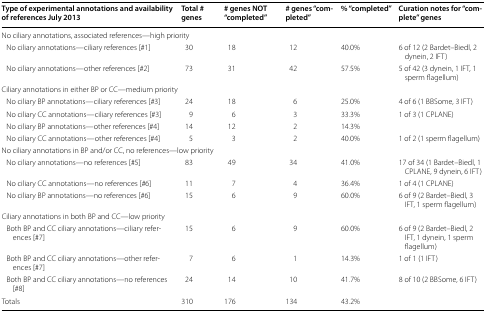
| Type of experimental annotations and availability of references July 2013 | Total # genes | # genes NOT “completed” | # genes “completed” | % “completed” | Curation notes for “complete” genes |
 | --- | --- | --- | --- | --- | --- |
 | <COLSPAN=6> No ciliary annotations, associated references—high priority |
 | No ciliary annotations—ciliary references [#1] | 30 | 18 | 12 | 40.0% | 6 of 12 (2 Bardet–Biedl, 2 dynein, 2 IFT) |
 | No ciliary annotations—other references [#2] | 73 | 31 | 42 | 57.5% | 5 of 42 (3 dynein, 1 IFT, 1 sperm flagellum) |
 | <COLSPAN=6> Ciliary annotations in either BP or CC—medium priority |
 | No ciliary BP annotations—ciliary references [#3] | 24 | 18 | 6 | 25.0% | 4 of 6 (1 BBSome, 3 IFT) |
 | No ciliary CC annotations—ciliary references [#3] | 9 | 6 | 3 | 33.3% | 1 of 3 (1 CPLANE) |
 | No ciliary BP annotations—other references [#4] | 14 | 12 | 2 | 14.3% |  |
 | No ciliary CC annotations—other references [#4] | 5 | 3 | 2 | 40.0% | 1 of 2 (1 sperm flagellum) |
 | <COLSPAN=6> No ciliary annotations in BP and/or CC, no references—low priority |
 | No ciliary annotations—no references [#5] | 83 | 49 | 34 | 41.0% | 17 of 34 (1 Bardet–Biedl, 1 CPLANE, 9 dynein, 6 IFT) |
 | No ciliary CC annotations—no references [#6] | 11 | 7 | 4 | 36.4% | 1 of 4 (1 CPLANE) |
 | No ciliary BP annotations—no references [#6] | 15 | 6 | 9 | 60.0% | 6 of 9 (2 Bardet–Biedl, 3 IFT, 1 sperm flagellum) |
 | <COLSPAN=6> Ciliary annotations in both BP and CC—low priority |
 | Both BP and CC ciliary annotations—ciliary references [#7] | 15 | 6 | 9 | 60.0% | 6 of 9 (2 Bardet–Biedl, 2 IFT, 1 dynein, 1 sperm flagellum) |
 | Both BP and CC ciliary annotations—other references [#7] | 7 | 6 | 1 | 14.3% | 1 of 1 (1 IFT) |
 | Both BP and CC ciliary annotations—no references [#8] | 24 | 14 | 10 | 41.7% | 8 of 10 (2 BBSome, 6 IFT) |
 | Totals | 310 | 176 | 134 | 43.2% |  |